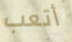
أتعب